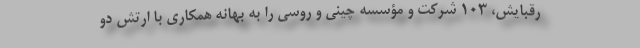
رقبایش، ۱۰۳ شرکت و مؤسسه چینی و روسی را به بهانه همکاری با ارتش دو